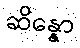
ဆိန္နော